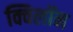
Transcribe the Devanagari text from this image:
क्विलॉन